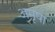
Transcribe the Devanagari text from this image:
अमृषा